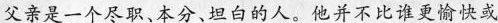
父亲是一个尽职.本分.坦白的人。他并不比谁更偷快或